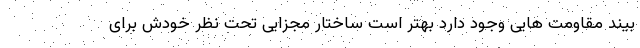
بیند مقاومت هایی وجود دارد بهتر است ساختار مجزایی تحت نظر خودش برای